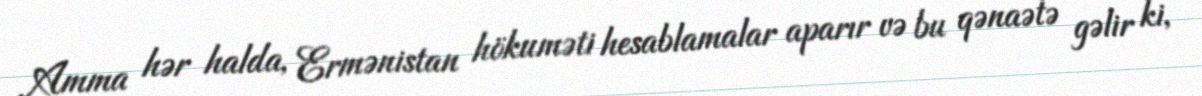
Amma hər halda, Ermənistan hökuməti hesablamalar aparır və bu qənaətə gəlir ki,